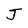
Character: J